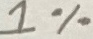
Text: 1%